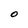
Character: 0